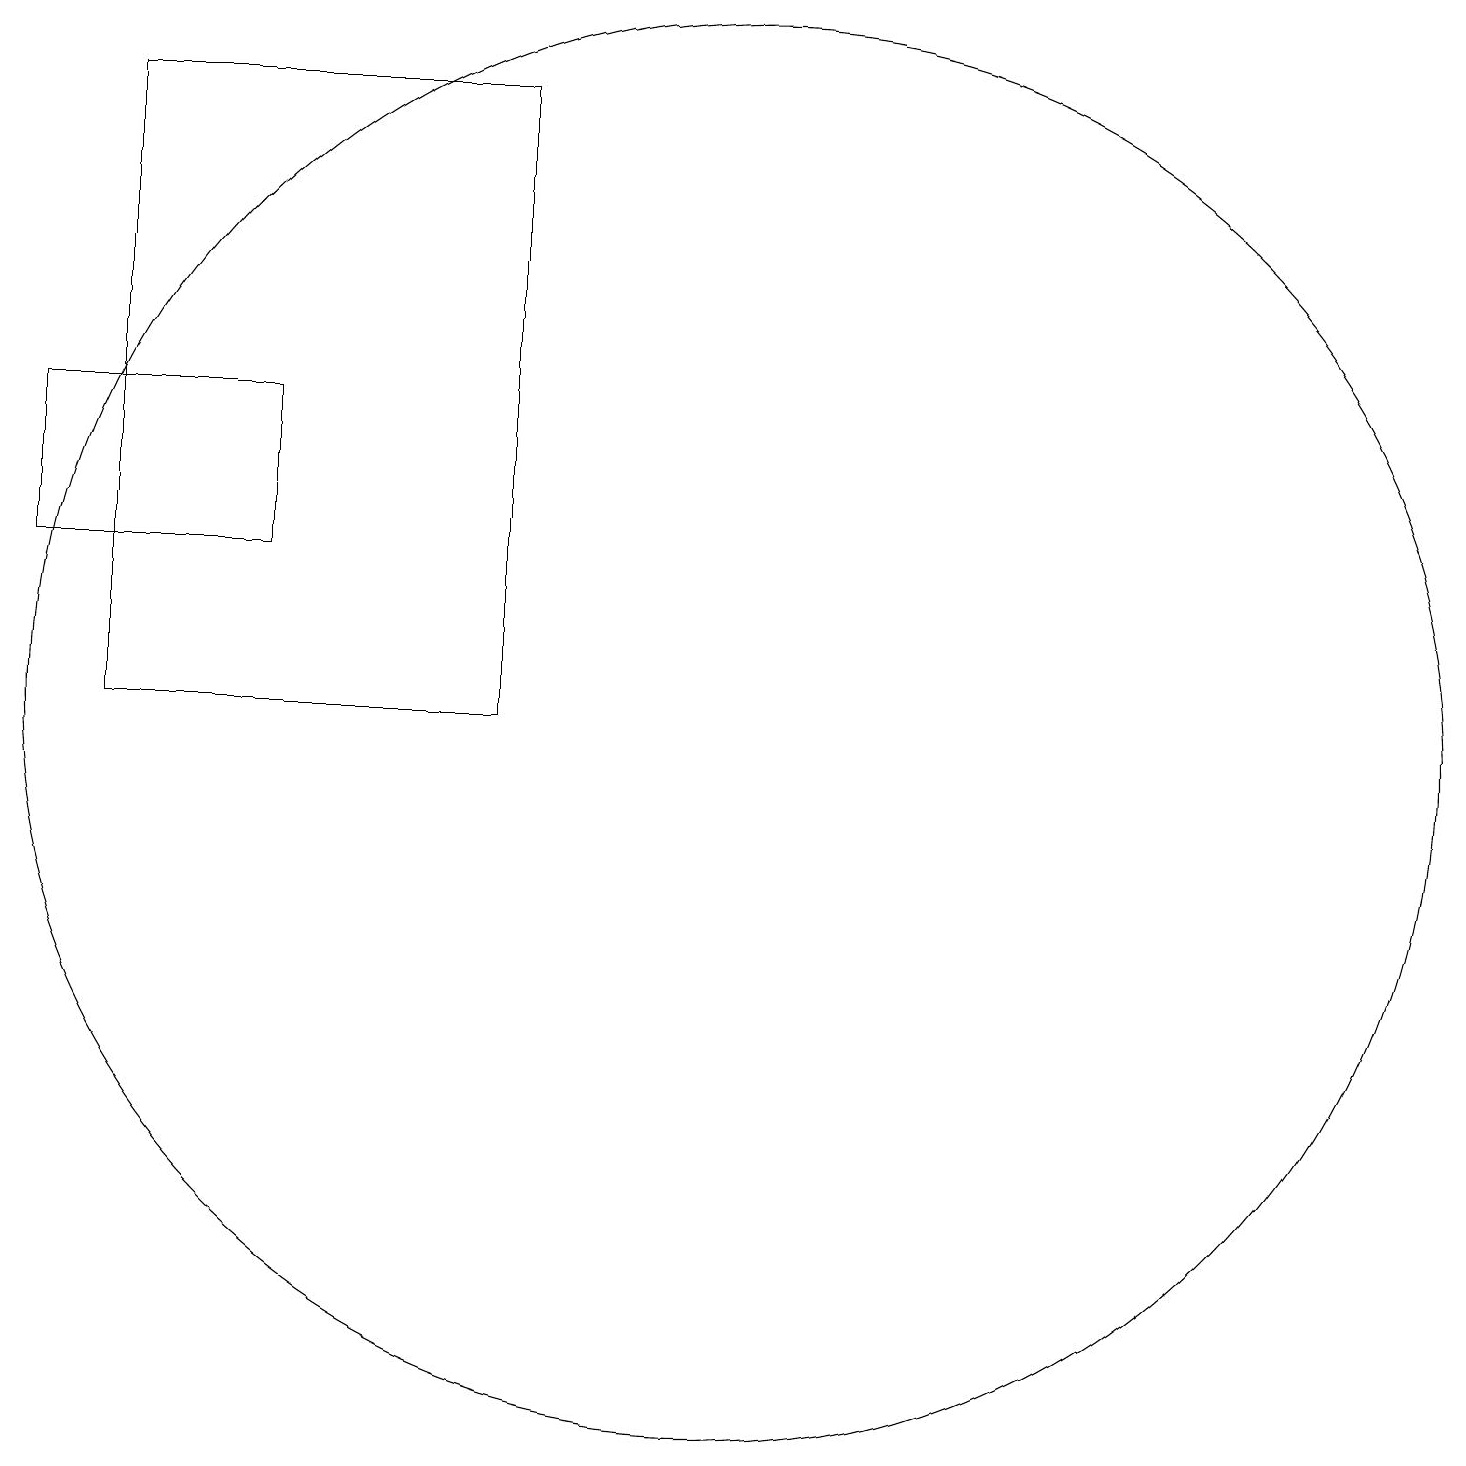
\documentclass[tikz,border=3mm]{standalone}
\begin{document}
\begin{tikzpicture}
\draw (8,19) rectangle (3,11);
\draw (2,13) rectangle (5,15);
\draw (11,11) circle (9);
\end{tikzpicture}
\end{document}